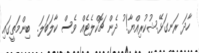
ހާދަ ރަނގަޅޭ..ޝުކުރިއްޔާ! ު ދެން ޗޮކްލެޓެއް ވެސް ކާލަބަލަ.  ބިންމަތީގައި